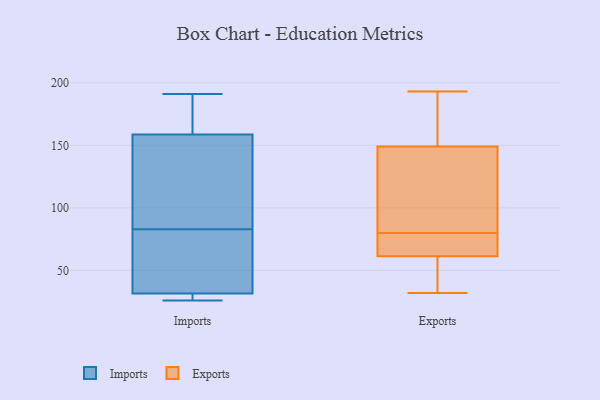
{"axis": {"x": "Waste Production (Tons)", "y": "Value"}, "legend": ["Exports", "Imports"], "data": [{"x": "", "y": 45, "type": "Imports"}, {"x": "", "y": 27, "type": "Imports"}, {"x": "", "y": 84, "type": "Imports"}, {"x": "", "y": 155, "type": "Imports"}, {"x": "", "y": 61, "type": "Imports"}, {"x": "", "y": 182, "type": "Imports"}, {"x": "", "y": 173, "type": "Imports"}, {"x": "", "y": 83, "type": "Imports"}, {"x": "", "y": 83, "type": "Imports"}, {"x": "", "y": 26, "type": "Imports"}, {"x": "", "y": 87, "type": "Imports"}, {"x": "", "y": 191, "type": "Imports"}, {"x": "", "y": 170, "type": "Imports"}, {"x": "", "y": 26, "type": "Imports"}, {"x": "", "y": 27, "type": "Imports"}, {"x": "", "y": 33, "type": "Imports"}, {"x": "", "y": 98, "type": "Imports"}, {"x": "", "y": 54, "type": "Exports"}, {"x": "", "y": 32, "type": "Exports"}, {"x": "", "y": 69, "type": "Exports"}, {"x": "", "y": 188, "type": "Exports"}, {"x": "", "y": 84, "type": "Exports"}, {"x": "", "y": 143, "type": "Exports"}, {"x": "", "y": 80, "type": "Exports"}, {"x": "", "y": 151, "type": "Exports"}, {"x": "", "y": 59, "type": "Exports"}, {"x": "", "y": 193, "type": "Exports"}, {"x": "", "y": 68, "type": "Exports"}]}